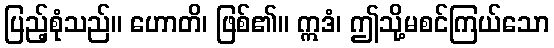
ပြည့်စုံသည်။ ဟောတိ၊ ဖြစ်၏။ ဣဒံ၊ ဤသို့မစင်ကြယ်သော